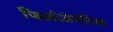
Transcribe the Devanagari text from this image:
फिलोजेनेटिक